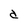
Character: d